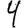
Digit: 4